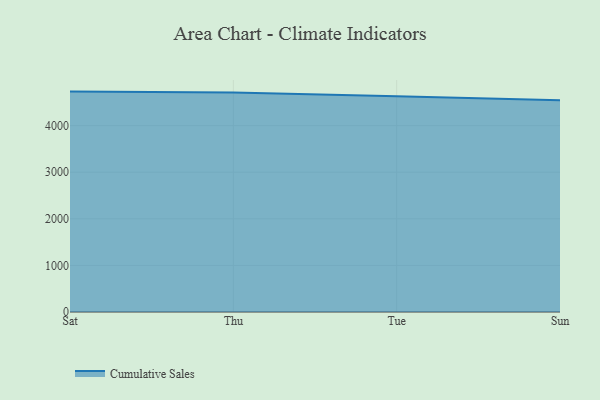
{"axis": {"x": "Day", "y": "Customer Acquisition Cost (USD)"}, "legend": ["Cumulative Sales"], "data": [{"x": "Sat", "y": 4729.6, "type": "Cumulative Sales"}, {"x": "Thu", "y": 4707.9, "type": "Cumulative Sales"}, {"x": "Tue", "y": 4632.0, "type": "Cumulative Sales"}, {"x": "Sun", "y": 4544.3, "type": "Cumulative Sales"}]}